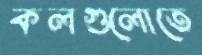
কলগুলোতে